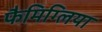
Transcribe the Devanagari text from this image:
फैमिग्लिया